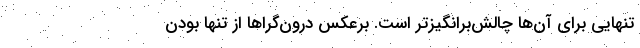
تنهایی برای آن‌ها چالش‌برانگیزتر است. برعکس درون‌گرا‌ها از تنها بودن